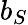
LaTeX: b_{S}